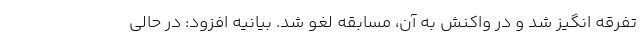
تفرقه انگیز شد و در واکنش به آن، مسابقه لغو شد. بیانیه افزود: در حالی